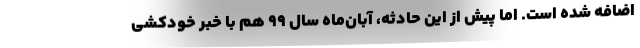
اضافه شده است. اما پیش از این حادثه، آبان‌ماه سال ۹۹ هم با خبر خودکشی